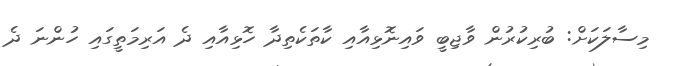
މިސާލަކަށް: ބުރިކުރުން ވާޖިބީ ވައިނޮޅިއާއި ކާތަކެތިދާ ހޮޅިއާއި ދެ އަރިމަތީގައި ހުންނަ ދެ